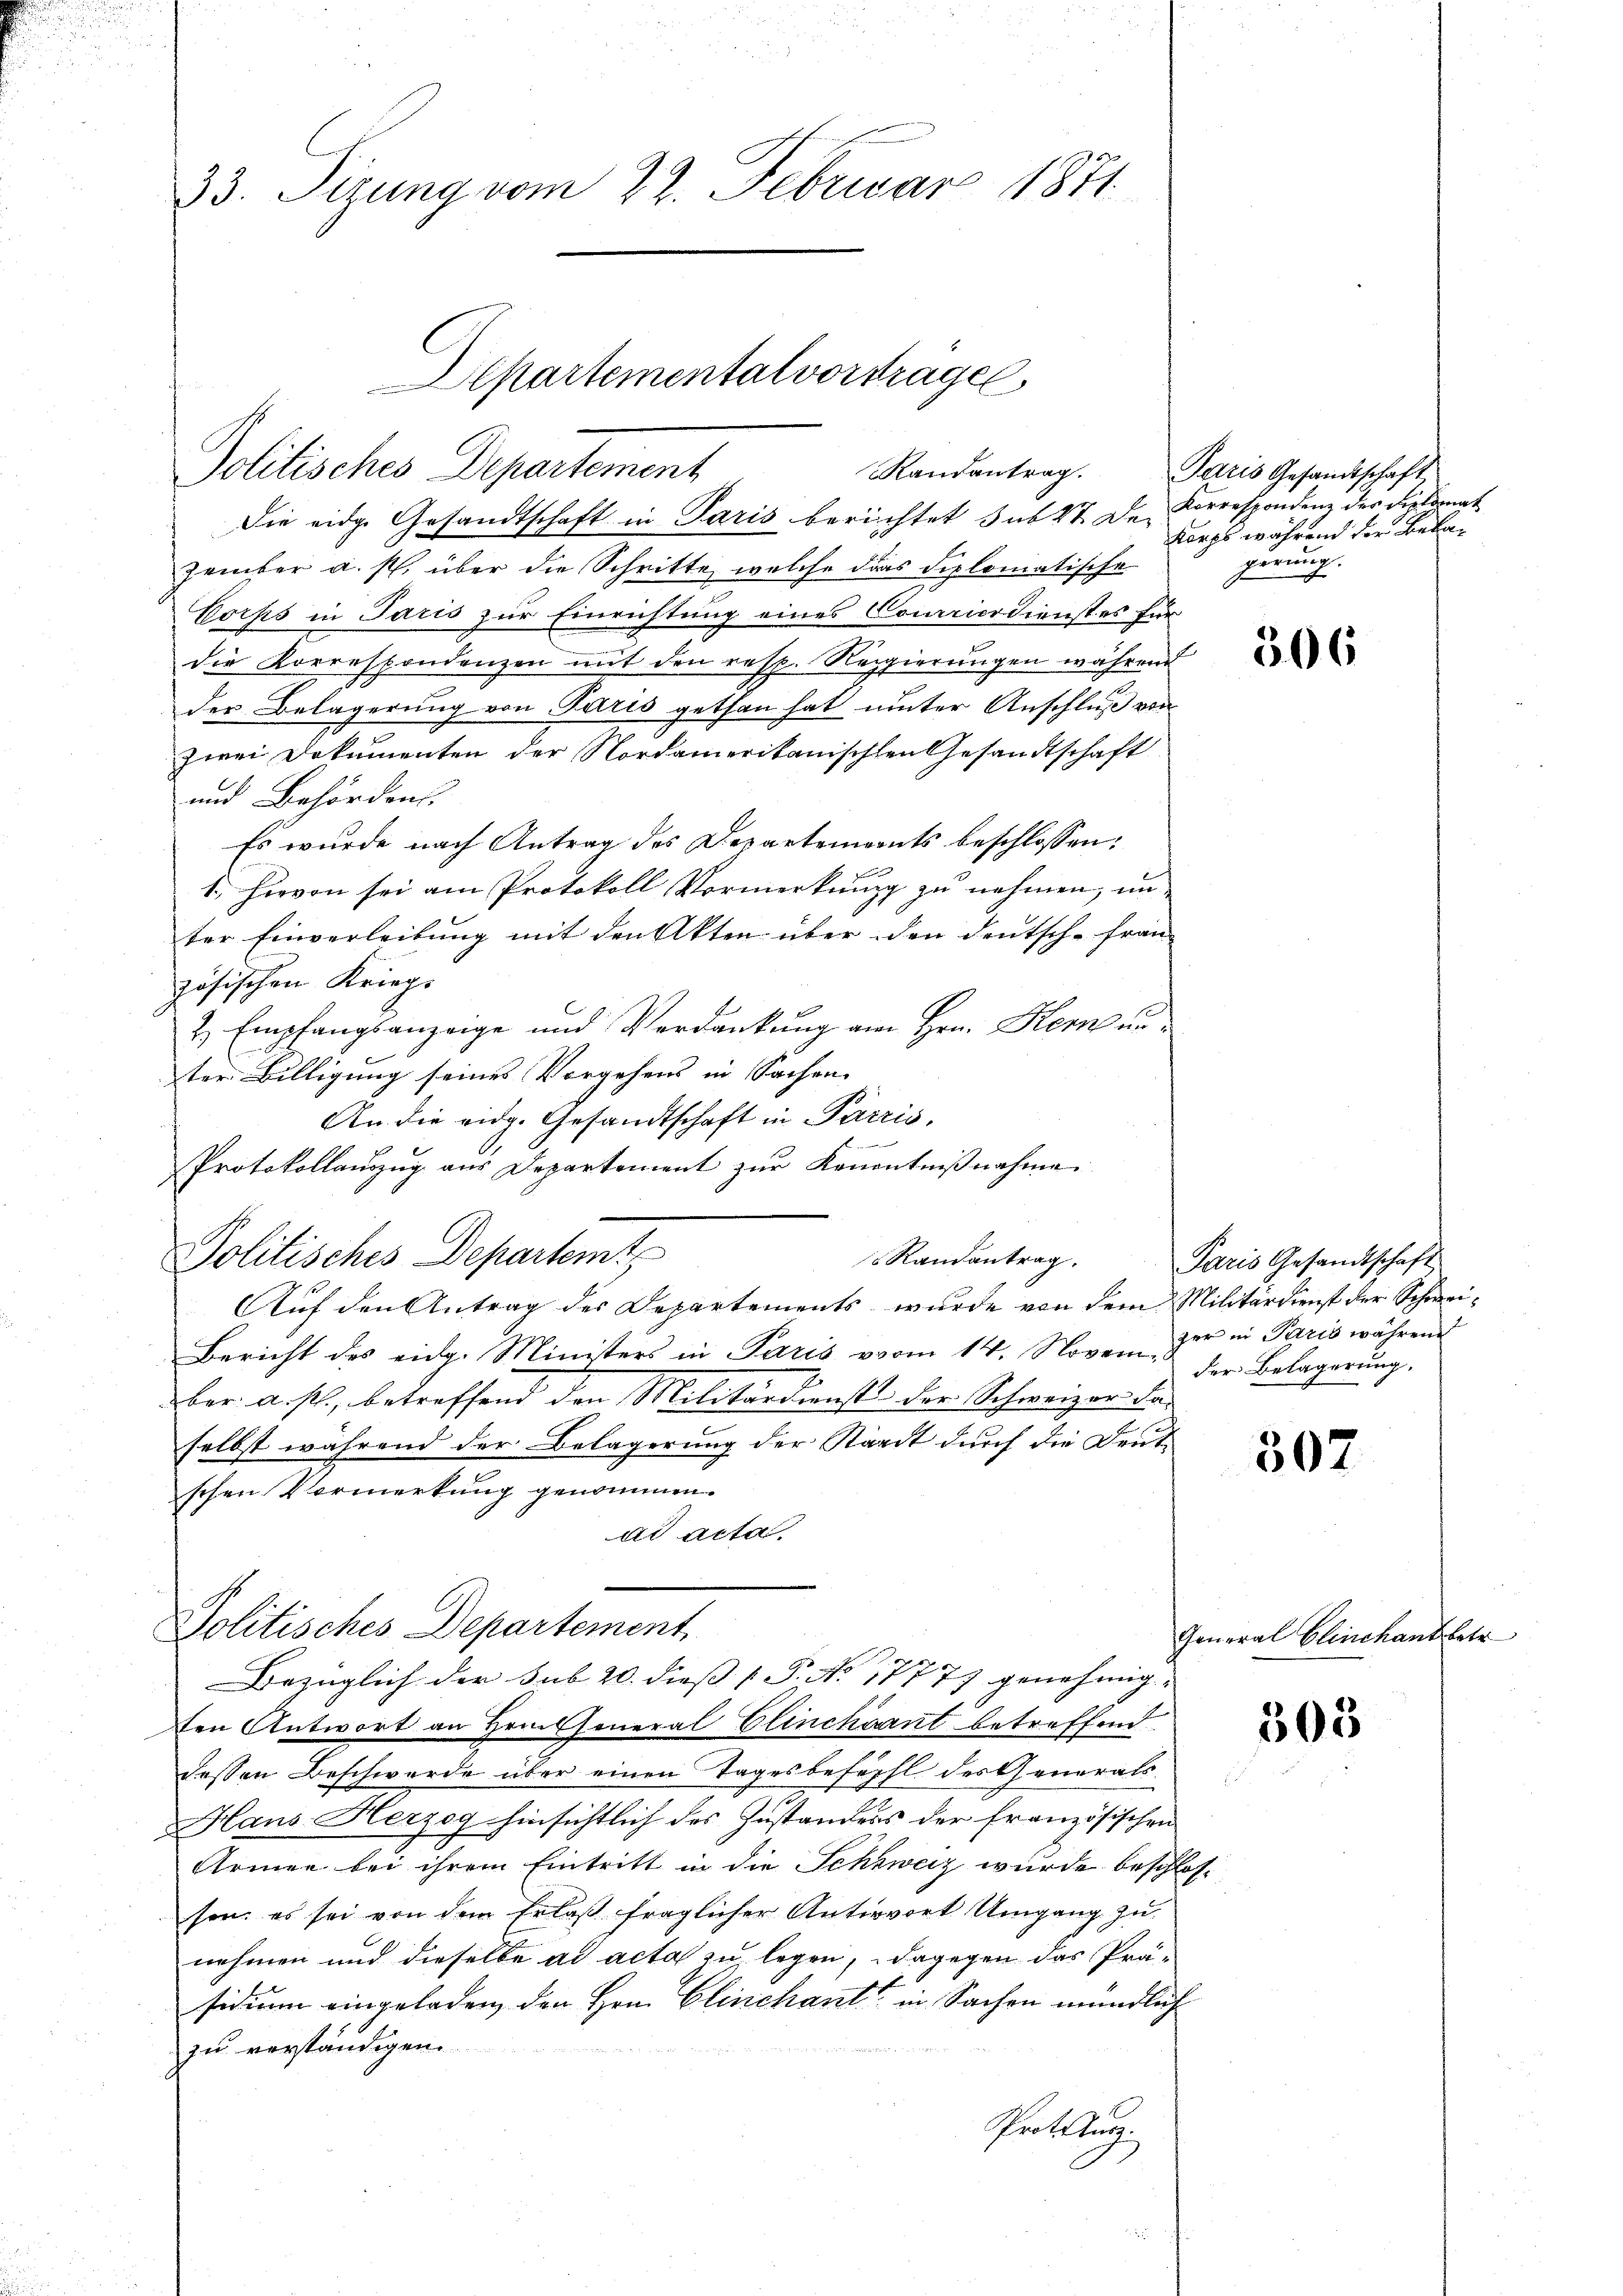
u

23. Sizung vom 22. Februar 1871

Departementalvorstrage
Politisches Departement
Randantrag.

Die eidge Gesandtschaft in Paris berichtet sub 27. De Korrespondenz des Diplomat
zember a. p. über die Schritte, welche das diplomatische
Corps in Paris zur Einrichtung eines Concierdienst es für
die Korrespondenzen mit den resp. Regierungen während
der Belagerung von Paris gethan hat unter Anschluß von
zwei Dokumenten der Nordamerikanischen Gesandtschaft
und Behörden.
Es wurde nach Antrag des Departements beschlossen:
1.) Hievon sei am Protokoll Vormerkung zu nehmen, un
ter Einverleibung mit den Akten über den deutsch-Fran-
zösischen Kriegs
2) Empfangsanzeige und Verdankung am Hrn. Herkunter Billigung seines Vorgehens in Sachen
An die eidg. Gesandtschaft in Parris
e
Protokollauszug aus Departement zur Kenntnißnahme
Politisches Departemts
Randantrag.
Auf den Antrag des Departements, wurde von dem Militärdienst der Schwei¬
Bericht des eidg. Ministers in Paris vom 14. Novem zur in Paris während
ber. a. p., betreffend den Militärdienst der Schweizer da-
selbst während der Belagerung der Stärkt durch die Deut-
schen Vormerkung genommen.
ad acta.
Politisches Departement
Bezüglich der sub 20. dieß P. No 17777 genehmig- |
ten Antwort an Hrn. General Clinchéant betreffend
dessen Beschwerde über einen Tages befehl des Generals-
Hans Herzog hinsichtlich des Zustanders der französischen
Armen bei ihrem Eintritt in die Schweiz wurde beschlos
son, es sei von dem Erlaß fraglicher Antwort Umgang zu
nehmen und dieselbe ad acta zu legen, dagegen das Prä-
sidium eingeladen, den Hrn. Clinchant in Sachen mündlich
zu verständigen.
Prot. u.

Paris Gesandtschaft
Korps während der Bekagerung.

306

Paris Gesandtschaft
der Belagerung.

507

General Clinchant betr.

305